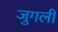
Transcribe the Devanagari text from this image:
जुगली